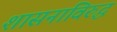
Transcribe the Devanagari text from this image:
शासनाविरुद्ध